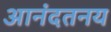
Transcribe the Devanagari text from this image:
आनंदतनय